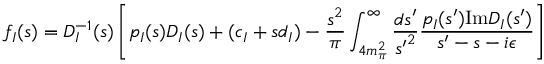
f _ { I } ( s ) = D _ { I } ^ { - 1 } ( s ) \left[ p _ { I } ( s ) D _ { I } ( s ) + ( c _ { I } + s d _ { I } ) - { \frac { s ^ { 2 } } { \pi } } \int _ { 4 m _ { \pi } ^ { 2 } } ^ { \infty } { \frac { d s ^ { \prime } } { { s ^ { \prime } } ^ { 2 } } } { \frac { p _ { I } ( s ^ { \prime } ) \mathrm { I m } D _ { I } ( s ^ { \prime } ) } { s ^ { \prime } - s - i \epsilon } } \right]